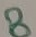
Text: 8